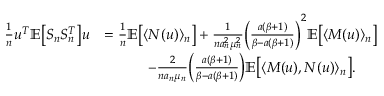
\begin{array} { r l } { \frac { 1 } { n } u ^ { T } \mathbb { E } \big [ S _ { n } S _ { n } ^ { T } \big ] u } & { = \frac { 1 } { n } \mathbb { E } \big [ \langle N ( u ) \rangle _ { n } \big ] + \frac { 1 } { n a _ { n } ^ { 2 } \mu _ { n } ^ { 2 } } \bigg ( \frac { a ( \beta + 1 ) } { \beta - a ( \beta + 1 ) } \bigg ) ^ { 2 } \mathbb { E } \big [ \langle M ( u ) \rangle _ { n } \big ] } \\ & { \quad \quad \quad - \frac { 2 } { n a _ { n } \mu _ { n } } \bigg ( \frac { a ( \beta + 1 ) } { \beta - a ( \beta + 1 ) } \bigg ) \mathbb { E } \big [ \langle M ( u ) , N ( u ) \rangle _ { n } \big ] . } \end{array}